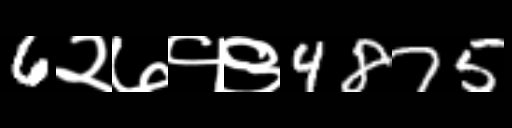
Text: 6२७१९4875